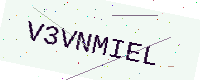
Text: V3VNMIEL